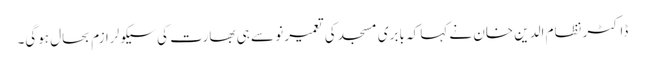
ڈاکٹر نظام الدین خان نے کہا کہ بابری مسجد کی تعمیر نو سے ہی بھارت کی سیکولرازم بحال ہوگی۔